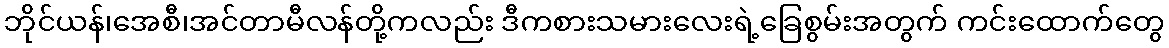
ဘိုင်ယန်၊အေစီ၊အင်တာမီလန်တို့ကလည်း ဒီကစားသမားလေးရဲ့ခြေစွမ်းအတွက် ကင်းထောက်တွေ